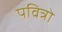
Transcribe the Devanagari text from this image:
पवित्रो